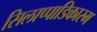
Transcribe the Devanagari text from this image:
सिलाप्पाडिकारम